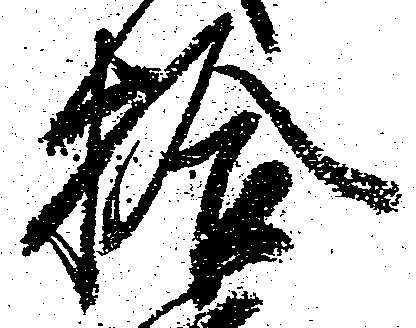
拾